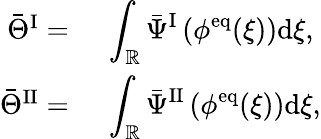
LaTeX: \begin{array}{rl}{\bar{\Theta}^{\mathrm{I}}=}&{{}~\displaystyle\int_{\mathbb{R}}\bar{\Psi}^{\mathrm{I}}\left(\phi^{\mathrm{eq}}(\xi)\right)\mathrm{d}\xi,}\\ {\bar{\Theta}^{\mathrm{II}}=}&{{}~\displaystyle\int_{\mathbb{R}}\bar{\Psi}^{\mathrm{II}}\left(\phi^{\mathrm{eq}}(\xi)\right)\mathrm{d}\xi,}\end{array}